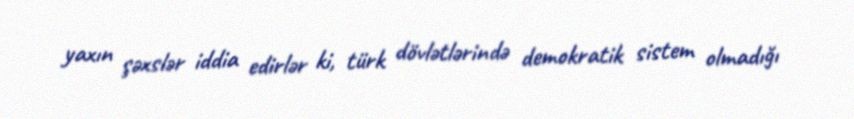
yaxın şəxslər iddia edirlər ki, türk dövlətlərində demokratik sistem olmadığı